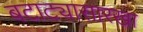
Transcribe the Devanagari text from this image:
बटाट्यासारखा